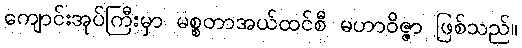
ကျောင်းအုပ်ကြီးမှာ မစ္စတာအယ်ထင်စီ မဟာဝိဇ္ဇာ ဖြစ်သည်။